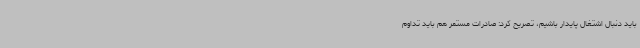
باید دنبال اشتغال پایدار باشیم، تصریح کرد: صادرات مستمر هم باید تداوم